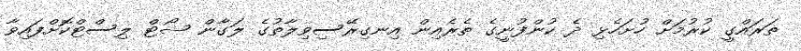
ތަރައްގީ ކުރުމަށް ހުށަހެޅި ދެ ކުންފުނީގެ ތެރެއިން އިނގިރޭސިވިލާތުގެ ލަގާން ޝޯޓް ލިސްޓްކޮށްފައިވާ